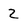
Character: 2